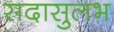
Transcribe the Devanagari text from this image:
सदासुलभ